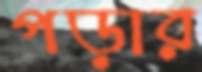
পড়ার